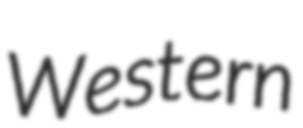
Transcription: Western